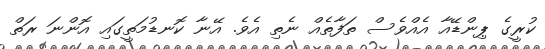
ކުރީގެ ޕިންޑޭއާ އެއްވެސް ތަފާތެއް ނެތި އެވެ. އޭނާ ކޮނޑުމަތީގައި އޮންނަ ރަތް